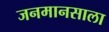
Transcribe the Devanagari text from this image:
जनमानसाला